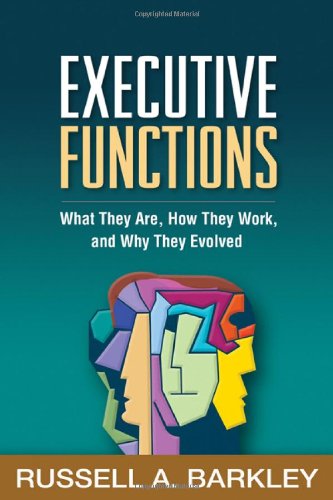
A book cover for Executive Functions: What They Are, How They Work, and Why They Evolved; Russell A. Barkley PhD  ABPP  ABCN; Medical Books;